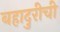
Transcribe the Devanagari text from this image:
बहादुरीची